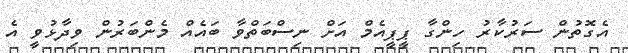
އެގޮތުން ސަރުކާރު ހިންގާ ޕީޕީއެމް އަށް ނިސްބަތްވާ ބައެއް މެންބަރުން ވިދާޅުވީ އެ